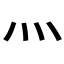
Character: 灬